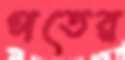
পতের